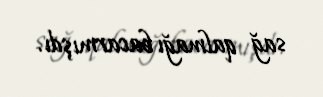
sağ qalmağı bacarmışdı.